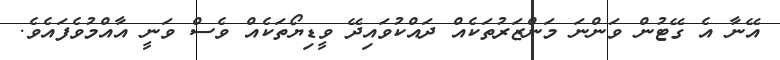
އޭނާ އެ ގޭޓުން ވަންނަ މަންޒަރުތަކެއް ދައްކުވައިދޭ ވީޑިޔޯތަކެއް ވެސް ވަނީ އާއްމުވެފައެވެ.